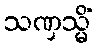
သဏှသ္မိံ